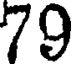
79